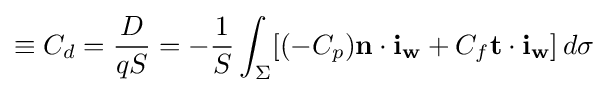
\equiv C_{d}={\dfrac {D}{qS}}=-{\dfrac {1}{S}}\int _{\Sigma }[(-C_{p})\mathbf {n} \cdot \mathbf {i_{w}} +C_{f}\mathbf {t} \cdot \mathbf {i_{w}} ]\,d\sigma